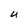
Character: U